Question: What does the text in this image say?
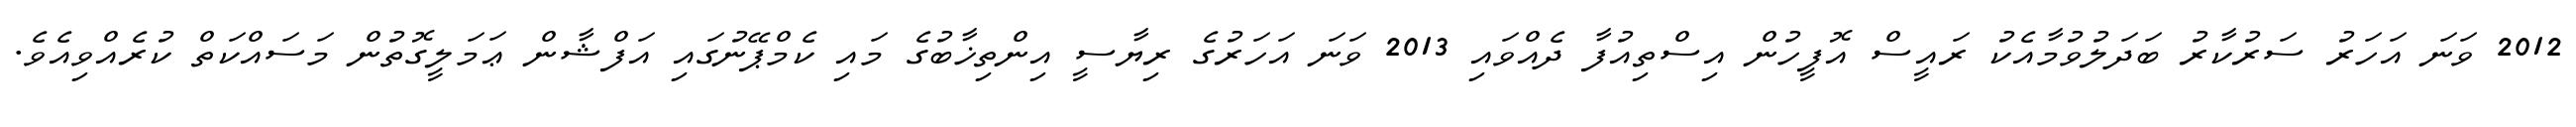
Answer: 2012 ވަނަ އަހަރު ސަރުކާރު ބަދަލުވުމާއެކު ރައީސް އޮފީހުން އިސްތިއުފާ ދެއްވައި 2013 ވަނަ އަހަރުގެ ރިޔާސީ އިންތިޚާބުގެ މައި ކެމްޕޭނުގައި އަފްޝާން ޢަމަލީގޮތުން މަސައްކަތް ކުރެއްވިއެވެ.